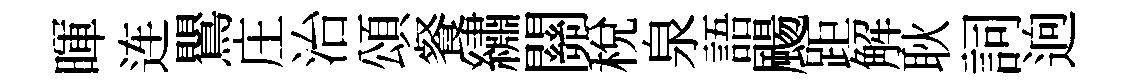
暉连鸎庄治頌餐繡關稅泉語颺距解耿詞逈